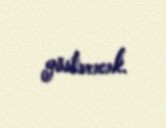
göstərəcək.